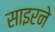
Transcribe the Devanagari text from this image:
साइरने